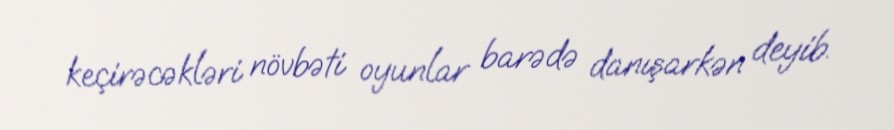
keçirəcəkləri növbəti oyunlar barədə danışarkən deyib.